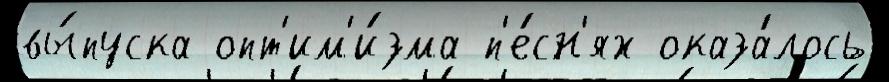
вы́пуска опт'им'и́зма п'е́сн'ях оказа́лось